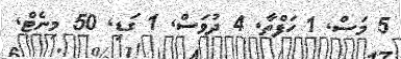
5 މަސް